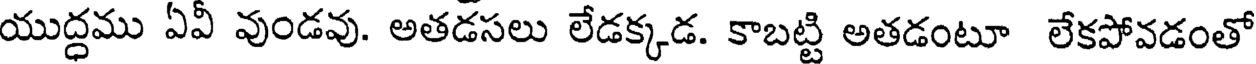
యుద్ధము ఏవీ వుండవు. అతడసలు లేడక్కడ. కాబట్టి అతడంటూ లేకపోవడంతో